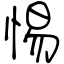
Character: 惕